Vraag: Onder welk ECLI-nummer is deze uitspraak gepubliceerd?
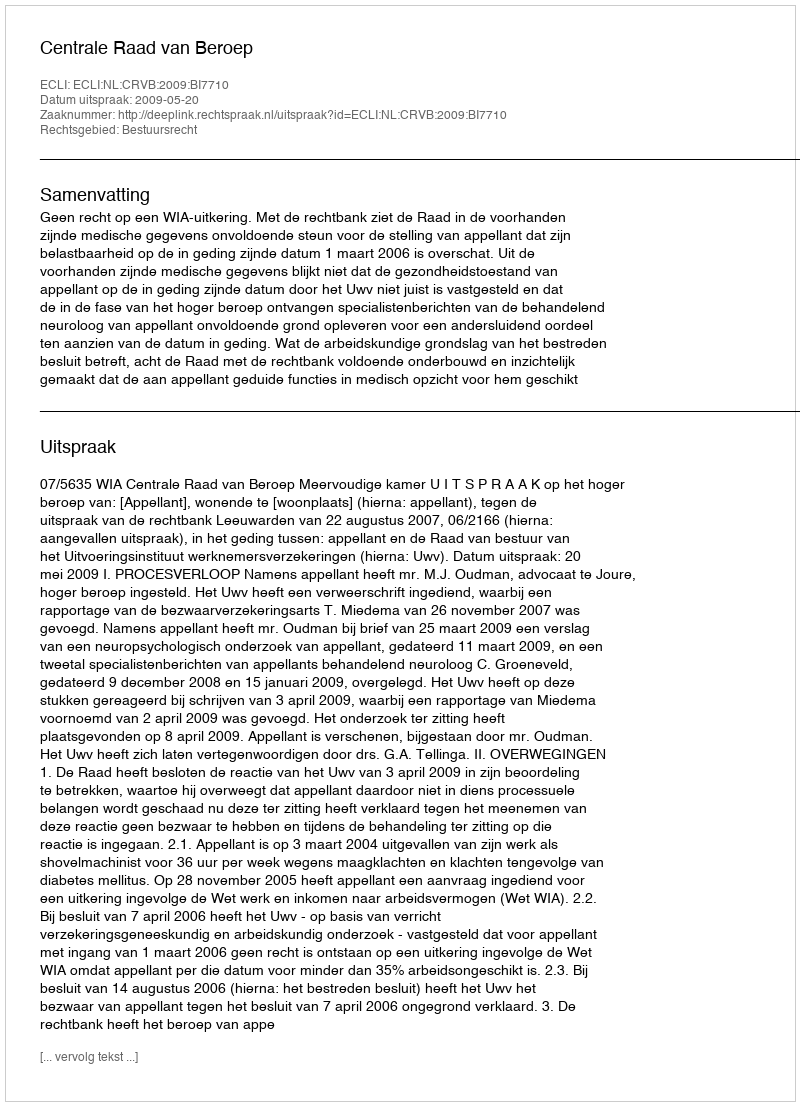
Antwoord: ECLI:NL:CRVB:2009:BI7710